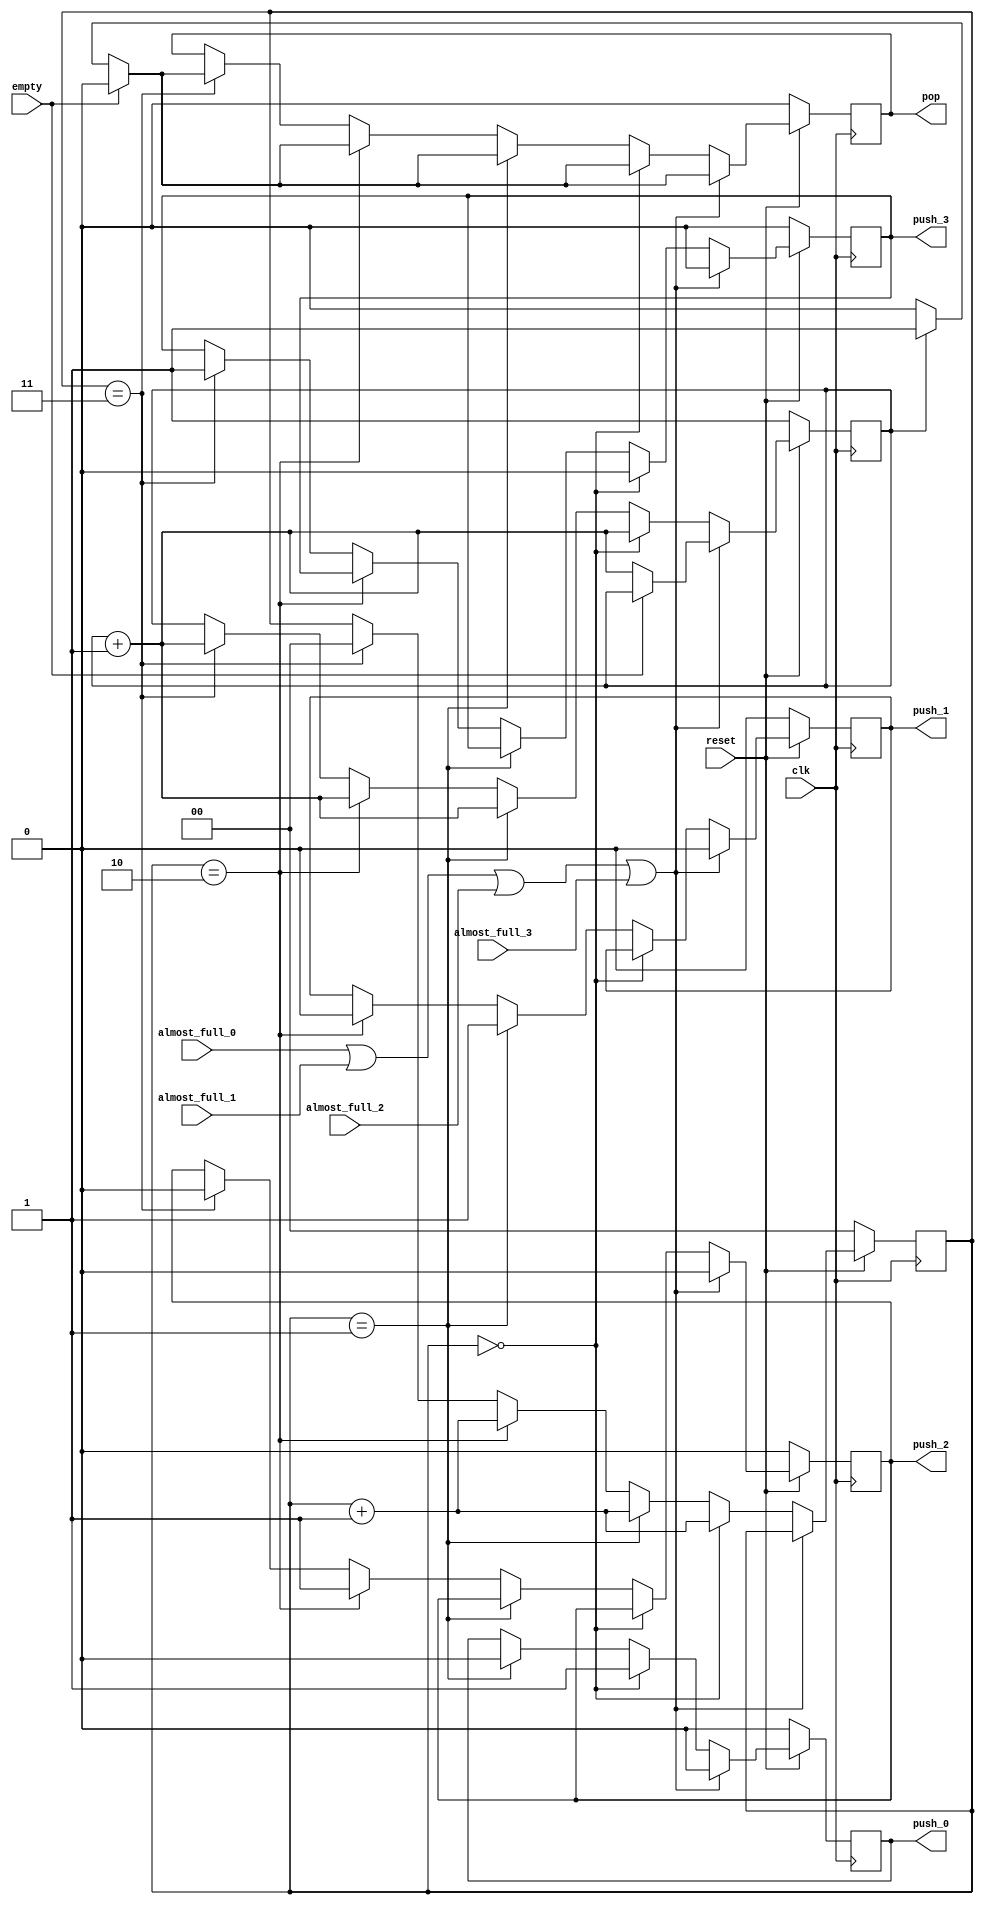

module referee_2 (
    output reg push_0, push_1, push_2, push_3,
    output reg pop,
    //output reg [11:0] data_out,
    //input [11:0] data_in, 
    input almost_full_0, almost_full_1, almost_full_2, almost_full_3,
    input empty,
    input clk, reset
);
    reg [1:0] cont;
    reg pop_toggle; 

    always @(posedge clk) begin
        if (~reset) begin
            push_0 <= 0;
            push_1 <= 0;
            push_2 <= 0;
            push_3 <= 0;
            pop <= 0;
            cont <= 0;
            pop_toggle <= 1;
        end
        else begin
            if (almost_full_0|almost_full_1|almost_full_2|almost_full_3) begin
                push_0 <= 0;
                push_1 <= 0;
                push_2 <= 0;
                push_3 <= 0;

                // ROUND ROBIN STARTS FOR FIFOS

                if (empty) begin
                    pop <= 0;
                end    
                else begin
                    if (~pop_toggle) begin
                        pop <= 0;
                        pop_toggle <= pop_toggle + 1;                                                
                    end
                    else begin
                        pop <= 1;
                        pop_toggle <= pop_toggle + 1;
                    end
                end
            end            
            else if (cont == 0) begin
                push_3 <= 0;
                push_0 <= 1;
                cont <= cont + 1;
                if (empty) begin
                    pop <= 0;
                    pop_toggle <= pop_toggle + 1;                    
                end    
                else begin
                    if (~pop_toggle) begin
                        pop <= 0;
                        pop_toggle <= pop_toggle + 1;                                                
                    end
                    else begin
                        pop <= 1;
                        pop_toggle <= pop_toggle + 1;
                    end
                end
            end
            else if (cont == 1) begin
                push_0 <= 0;
                push_1 <= 1;
                cont <= cont + 1;                
                if (empty) begin
                    pop <= 0;
                    pop_toggle <= pop_toggle + 1;
                end    
                else begin
                    if (~pop_toggle) begin
                        pop <= 0;
                        pop_toggle <= pop_toggle + 1;                        
                    end
                    else begin
                        pop <= 1;
                        pop_toggle <= pop_toggle + 1;
                    end
                end
            end
            else if (cont == 2) begin
                push_1 <=0; 
                push_2 <=1;
                cont <= cont + 1;
                if (empty) begin
                    pop <= 0;
                    pop_toggle <= pop_toggle + 1;
                end    
                else begin
                    if (~pop_toggle) begin
                        pop <= 0;
                        pop_toggle <= pop_toggle + 1;                        
                    end
                    else begin
                        pop <= 1;
                        pop_toggle <= pop_toggle + 1;
                    end
                end
            end
            else if (cont == 3) begin
                push_2 <= 0;
                push_3 <= 1;
                cont <= 0;
                if (empty) begin
                    pop <= 0;
                    pop_toggle <= pop_toggle + 1;                    
                end    
                else begin
                    if (~pop_toggle) begin
                        pop <= 0;
                        pop_toggle <= pop_toggle + 1;                        
                    end
                    else begin
                        pop <= 1;
                        pop_toggle <= pop_toggle + 1;
                    end
                end
            end  
        end
    end
endmodule